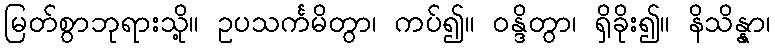
မြတ်စွာဘုရားသို့။ ဥပသင်္ကမိတွာ၊ ကပ်၍။ ဝန္ဒိတွာ၊ ရှိခိုး၍။ နိသိန္နာ၊